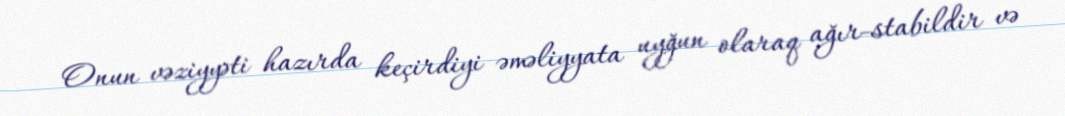
Onun vəziyyəti hazırda keçirdiyi əməliyyata uyğun olaraq ağır-stabildir və